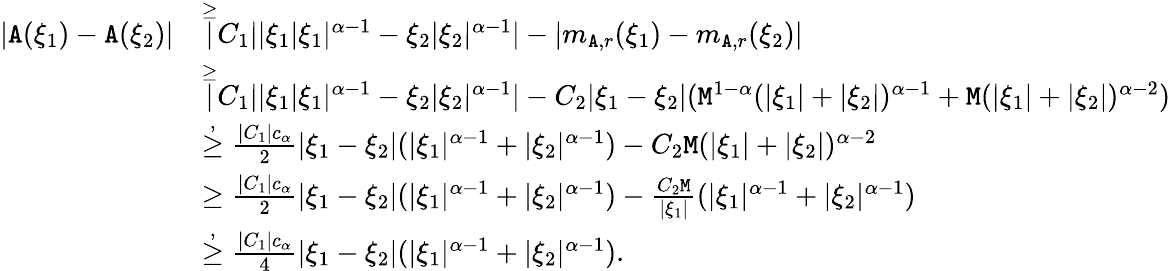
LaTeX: \begin{array}{rl}{|\mathtt{A}(\xi_{1})-\mathtt{A}(\xi_{2})|}&{\overset\ge|C_{1}||\xi_{1}|\xi_{1}|^{\alpha-1}-\xi_{2}|\xi_{2}|^{\alpha-1}|-|m_{\mathtt{A},r}(\xi_{1})-m_{\mathtt{A},r}(\xi_{2})|}\\ &{\overset{\ge}|C_{1}||\xi_{1}|\xi_{1}|^{\alpha-1}-\xi_{2}|\xi_{2}|^{\alpha-1}|-C_{2}|\xi_{1}-\xi_{2}|(\mathtt{M}^{1-\alpha}(|\xi_{1}|+|\xi_{2}|)^{\alpha-1}+\mathtt{M}(|\xi_{1}|+|\xi_{2}|)^{\alpha-2})}\\ &{\overset{,}\ge\frac{|C_{1}|c_{\alpha}}{2}|\xi_{1}-\xi_{2}|(|\xi_{1}|^{\alpha-1}+|\xi_{2}|^{\alpha-1})-C_{2}\mathtt{M}(|\xi_{1}|+|\xi_{2}|)^{\alpha-2}}\\ &{\ge\frac{|C_{1}|c_{\alpha}}{2}|\xi_{1}-\xi_{2}|(|\xi_{1}|^{\alpha-1}+|\xi_{2}|^{\alpha-1})-\frac{C_{2}\mathtt{M}}{|\xi_{1}|}(|\xi_{1}|^{\alpha-1}+|\xi_{2}|^{\alpha-1})}\\ &{\overset{,}\ge\frac{|C_{1}|c_{\alpha}}{4}|\xi_{1}-\xi_{2}|(|\xi_{1}|^{\alpha-1}+|\xi_{2}|^{\alpha-1}).}\end{array}